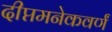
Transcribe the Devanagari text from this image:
दीप्तमनेकवर्णं